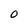
Character: 0